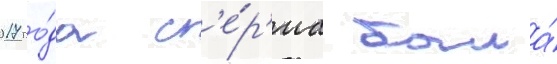
2017 го́да с'е́р'иа была́